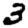
Digit: 3